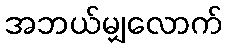
အဘယ်မျှလောက်